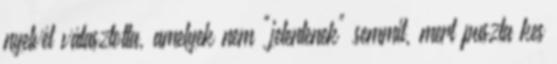
nyelvét választotta, amelyek nem "jelentenek" semmit, mert puszta kes